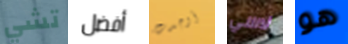
تشي أفضل أوجدت لاسي هو